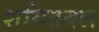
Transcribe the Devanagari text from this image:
शमितबल